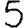
Digit: 5